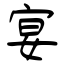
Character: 宴